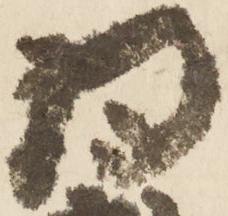
為